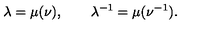
\lambda = \mu ( \nu ) , \qquad \lambda ^ { - 1 } = \mu ( \nu ^ { - 1 } ) .